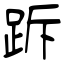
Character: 跅